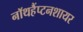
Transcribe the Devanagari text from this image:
नॉथहैंप्टनशायर